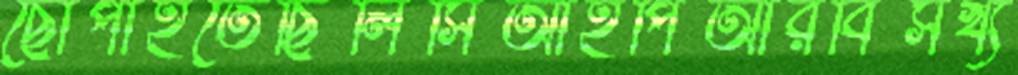
ছোপাইতেছিলিসিআইপিআরবিসখ্য